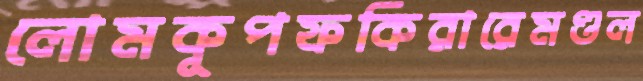
লোমকূপফকিরারেমণ্ডল